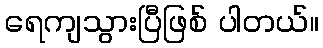
ရေကျသွားပြီဖြစ် ပါတယ်။